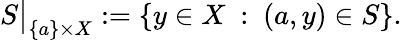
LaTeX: S{\big\vert}_{\{ a\} \times X}:=\left\{ y\in X~:~(a,y)\in S\right\} .